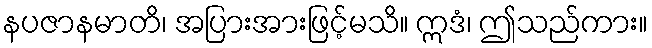
နပဇာနမာတိ၊ အပြားအားဖြင့်မသိ။ ဣဒံ၊ ဤသည်ကား။